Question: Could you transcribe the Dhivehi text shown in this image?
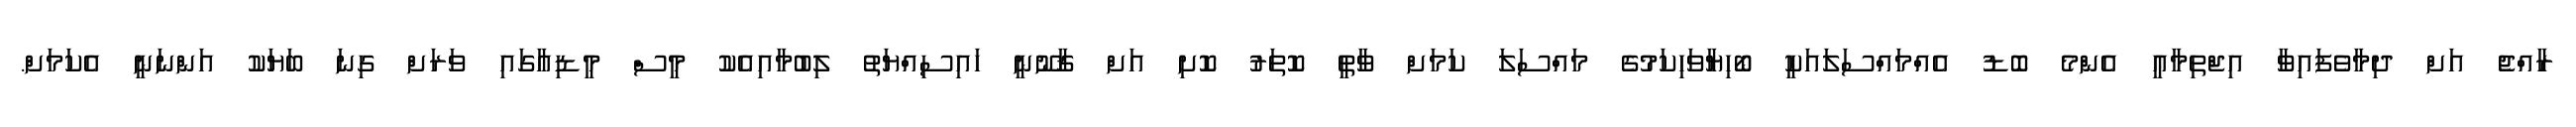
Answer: ރާއްޖެ އަށް ދިމާވެފައިވާ އިޖްތިމާޢީ އެންމެ ބޮޑު އެއްމައްސަލައަކީ ބޯހިޔާވަހިކަމުގެ މައްސަލަ ކަމަށް ވާތީ ކޮތަރު ކޮށި އަށް ޤާނޫނީ ހައިސިއްޔަތު ލިބުމާއިއެކު މީސް މީޑިއާގައި ވަރަށް ގިނަ ބަޔަކު އަންނަނީ އެކަމަށް.